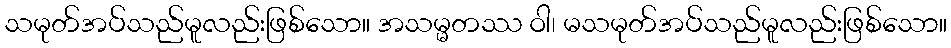
သမုတ်အပ်သည်မူလည်းဖြစ်သော။ အသမ္မတဿ ဝါ၊ မသမုတ်အပ်သည်မူလည်းဖြစ်သော။